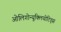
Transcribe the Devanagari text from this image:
ओलिगोन्यूक्लियोटिड्स